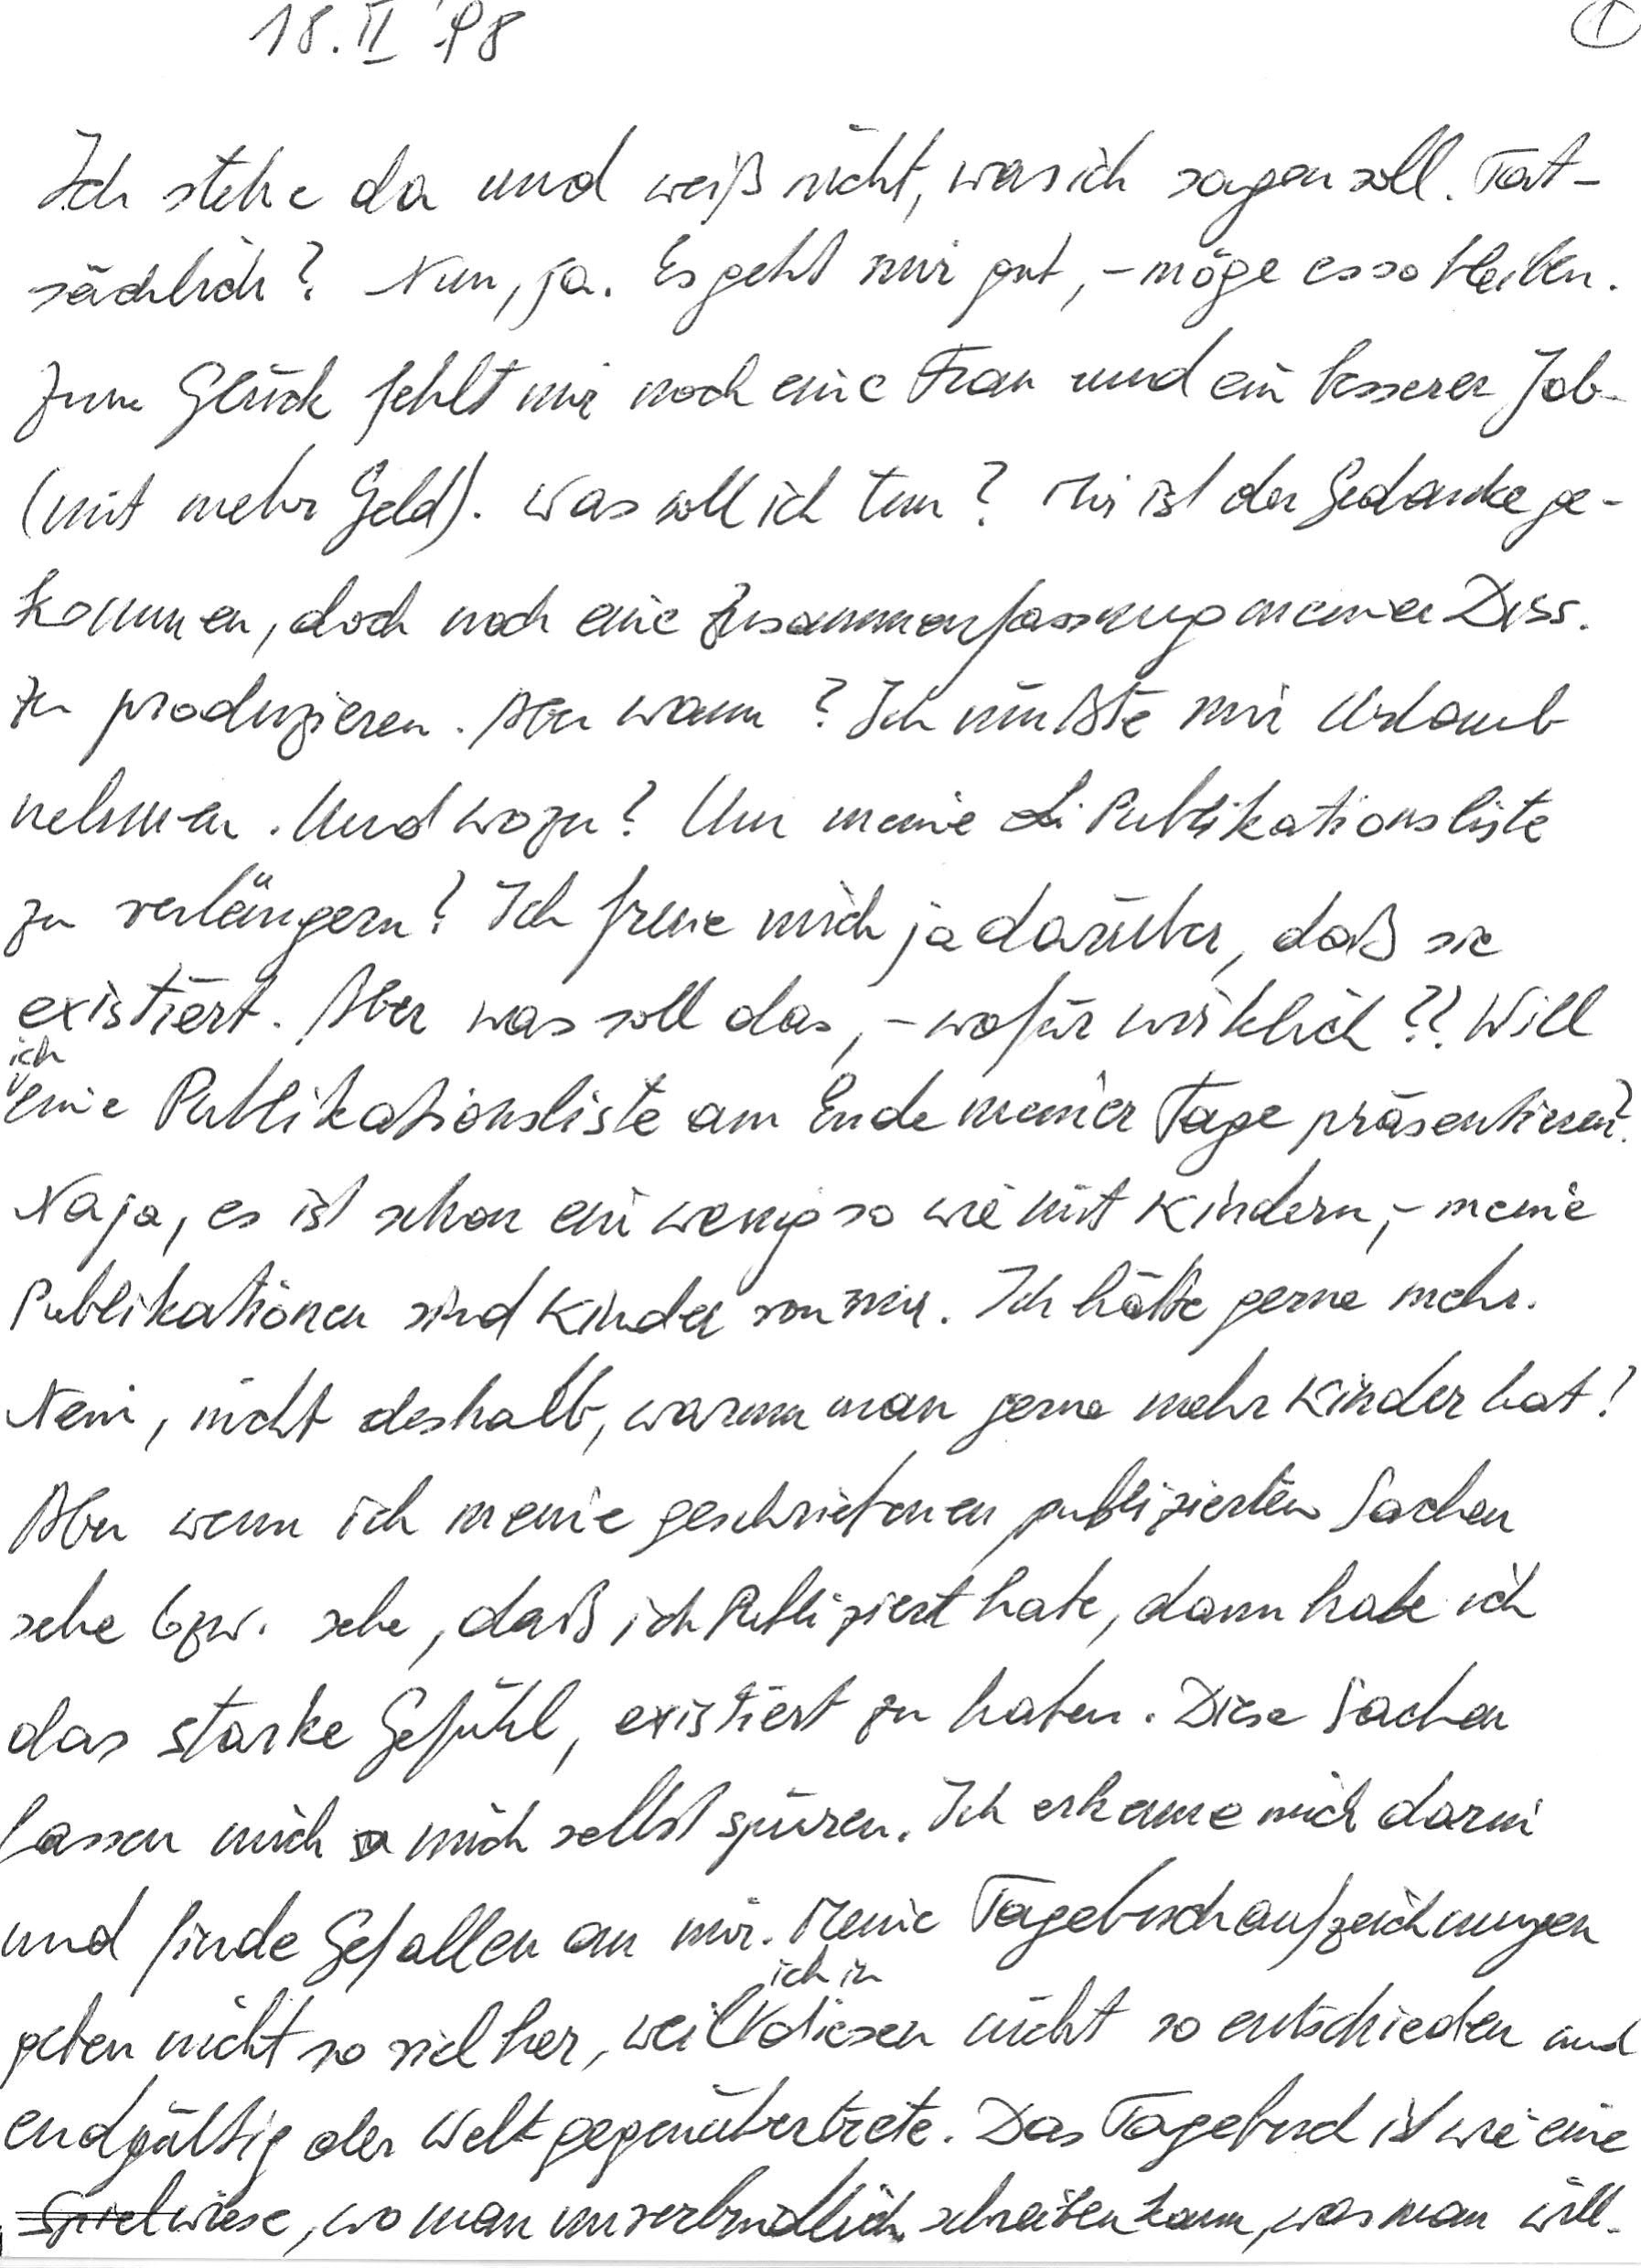
18. II. ‘98
Ich stehe da und weiß nicht, was ich sagen soll. Tat-
sächlich? Nun, ja. Es geht mir gut, – möge es so bleiben.
Zum Glück fehlt mir noch eine Frau und ein besserer Job
(mit mehr Geld). Was soll ich tun? Mir ist der Gedanke ge-
kommen, doch noch eine Zusammenfassung meiner Diss.
zu produzieren. Aber wann? Ich müßte mir Urlaub
nehmen. Und wozu? Um meine Publikationsliste
zu verlängern? Ich freue mich ja darüber, daß sie
existiert. Aber was soll das, – wofür wirklich?? Will
ich eine Publikationsliste am Ende meiner Tage präsentieren?
Naja, es ist schon ein wenig so wie mit Kindern, – meine
Publikationen sind Kinder von mir. Ich hätte gerne mehr.
Nein, nicht deshalb, warum man gerne mehr Kinder hat!
Aber wenn ich meine geschriebenen, publizierten Sachen
sehe bzw. sehe, daß ich publiziert habe, dann habe ich
das starke Gefühl, existiert zu haben. Diese Sachen
lassen mich mich selbst spüren. Ich erkenne mich darin
und finde Gefallen an mir. Meine Tagebuchaufzeichnungen
geben nicht so viel her, weil ich in diesen nicht so entschieden und
endgültig der Welt gegenübertrete. Das Tagebuch ist wie eine
Spielwiese, wo man unverbindlich schreiben kann, was man will.